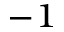
^ { - 1 }